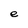
Character: e